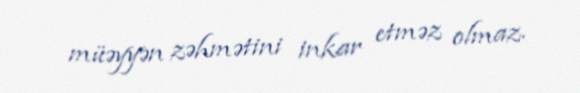
müəyyən zəhmətini inkar etməz olmaz.